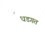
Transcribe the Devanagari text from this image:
धडगत